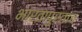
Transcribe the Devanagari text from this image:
भारतापुरताच